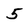
Character: 5